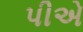
પીએ